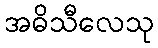
အဓိသီလေသု